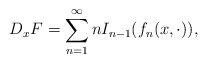
\begin{align*}D_xF=\sum_{n=1}^\infty n I_{n-1}(f_n(x,\cdot)),\end{align*}